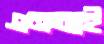
এনআই